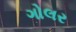
ગોલર